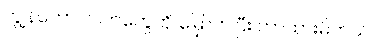
ကျွန်တော် လက်တွေကို မြှောက်ပြီး ကာထားမိတယ်။